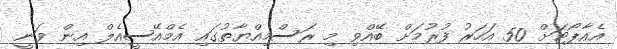
އެއާޕޯޓަށް 50 އަހަރު ފުރުމަށް ބޭއްވި މި ރަސްމިއްޔާތުގައި އެމްއޭސީއެލް އިން ވަނީ